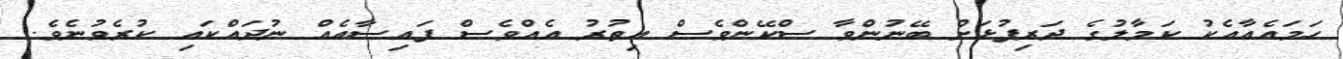
ހަމައެއާއެކު ކަމާލުގެ ދަރިފުޅަށް ބޭނުންވާ ސްކޭންވެސް އިތުރު އެއްވެސް ފައިސާއެއް ނުދައްކައި ކުރެވުނެވެ.